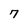
Character: 7